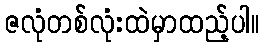
ဇလုံတစ်လုံးထဲမှာထည့်ပါ။